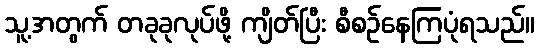
သူ့အတွက် တခုခုလုပ်ဖို့ ကျိတ်ပြီး စီစဉ်နေကြပုံရသည်။